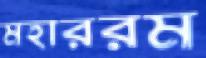
মহাররম